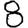
Digit: 8